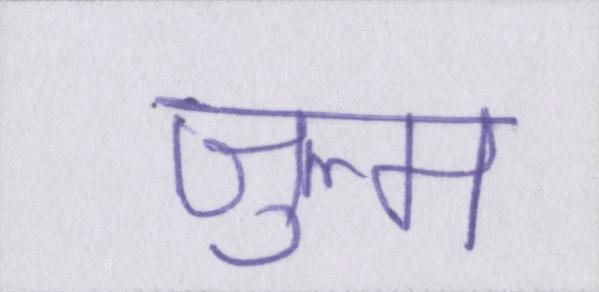
ज़ुल्म